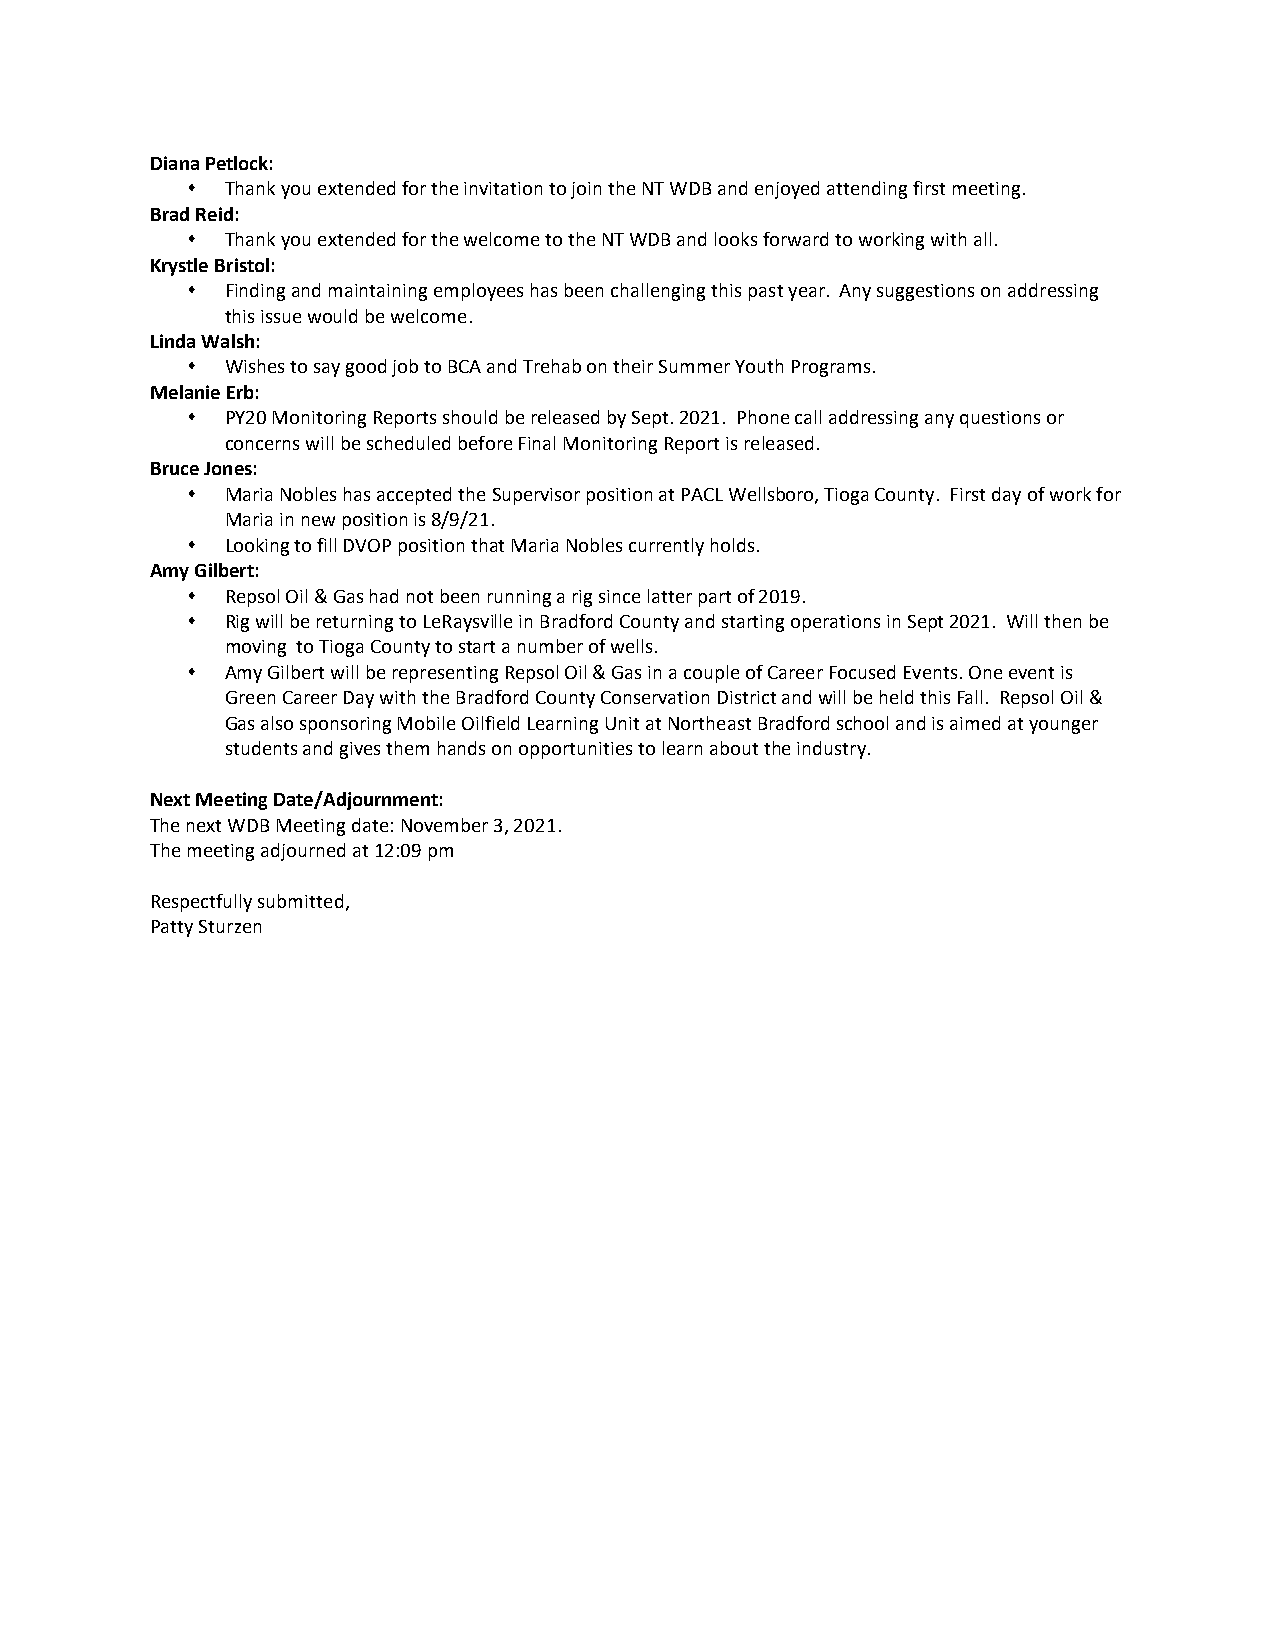
Diana Petlock:
   Thank you extended for the invitation to join the NT WDB and enjoyed attending first meeting.
 Brad Reid:
   Thank you extended for the welcome to the NT WDB and looks forward to working with all.
 Krystle Bristol:
   Finding and maintaining employees has been challenging this past year. Any suggestions on addressing
 this issue would be welcome.
 Linda Walsh:
   Wishes to say good job to BCA and Trehab on their Summer Youth Programs.
 Melanie Erb:
   PY20 Monitoring Reports should be released by Sept. 2021. Phone call addressing any questions or
 concerns will be scheduled before Final Monitoring Report is released.
 Bruce Jones:
   Maria Nobles has accepted the Supervisor position at PACL Wellsboro, Tioga County. First day of work for
 Maria in new position is 8/9/21.
   Looking to fill DVOP position that Maria Nobles currently holds.
 Amy Gilbert:
   Repsol Oil & Gas had not been running a rig since latter part of 2019.
   Rig will be returning to LeRaysville in Bradford County and starting operations in Sept 2021. Will then be
 moving to Tioga County to start a number of wells.
   Amy Gilbert will be representing Repsol Oil & Gas in a couple of Career Focused Events. One event is
 Green Career Day with the Bradford County Conservation District and will be held this Fall. Repsol Oil &
 Gas also sponsoring Mobile Oilfield Learning Unit at Northeast Bradford school and is aimed at younger
 students and gives them hands on opportunities to learn about the industry.
 Next Meeting Date/Adjournment:
 The next WDB Meeting date: November 3, 2021.
 The meeting adjourned at 12:09 pm
 Respectfully submitted,
 Patty Sturzen